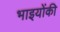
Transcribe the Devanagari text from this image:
भाइयोंकी